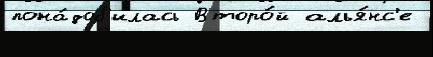
пона́доб'илась Второ́й алья́нс'е